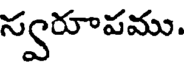
స్వరూపము.